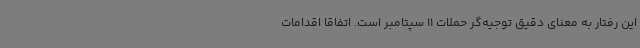
این رفتار به معنای دقیق توجیه‌گر حملات 11 سپتامبر است. اتفاقا اقدامات